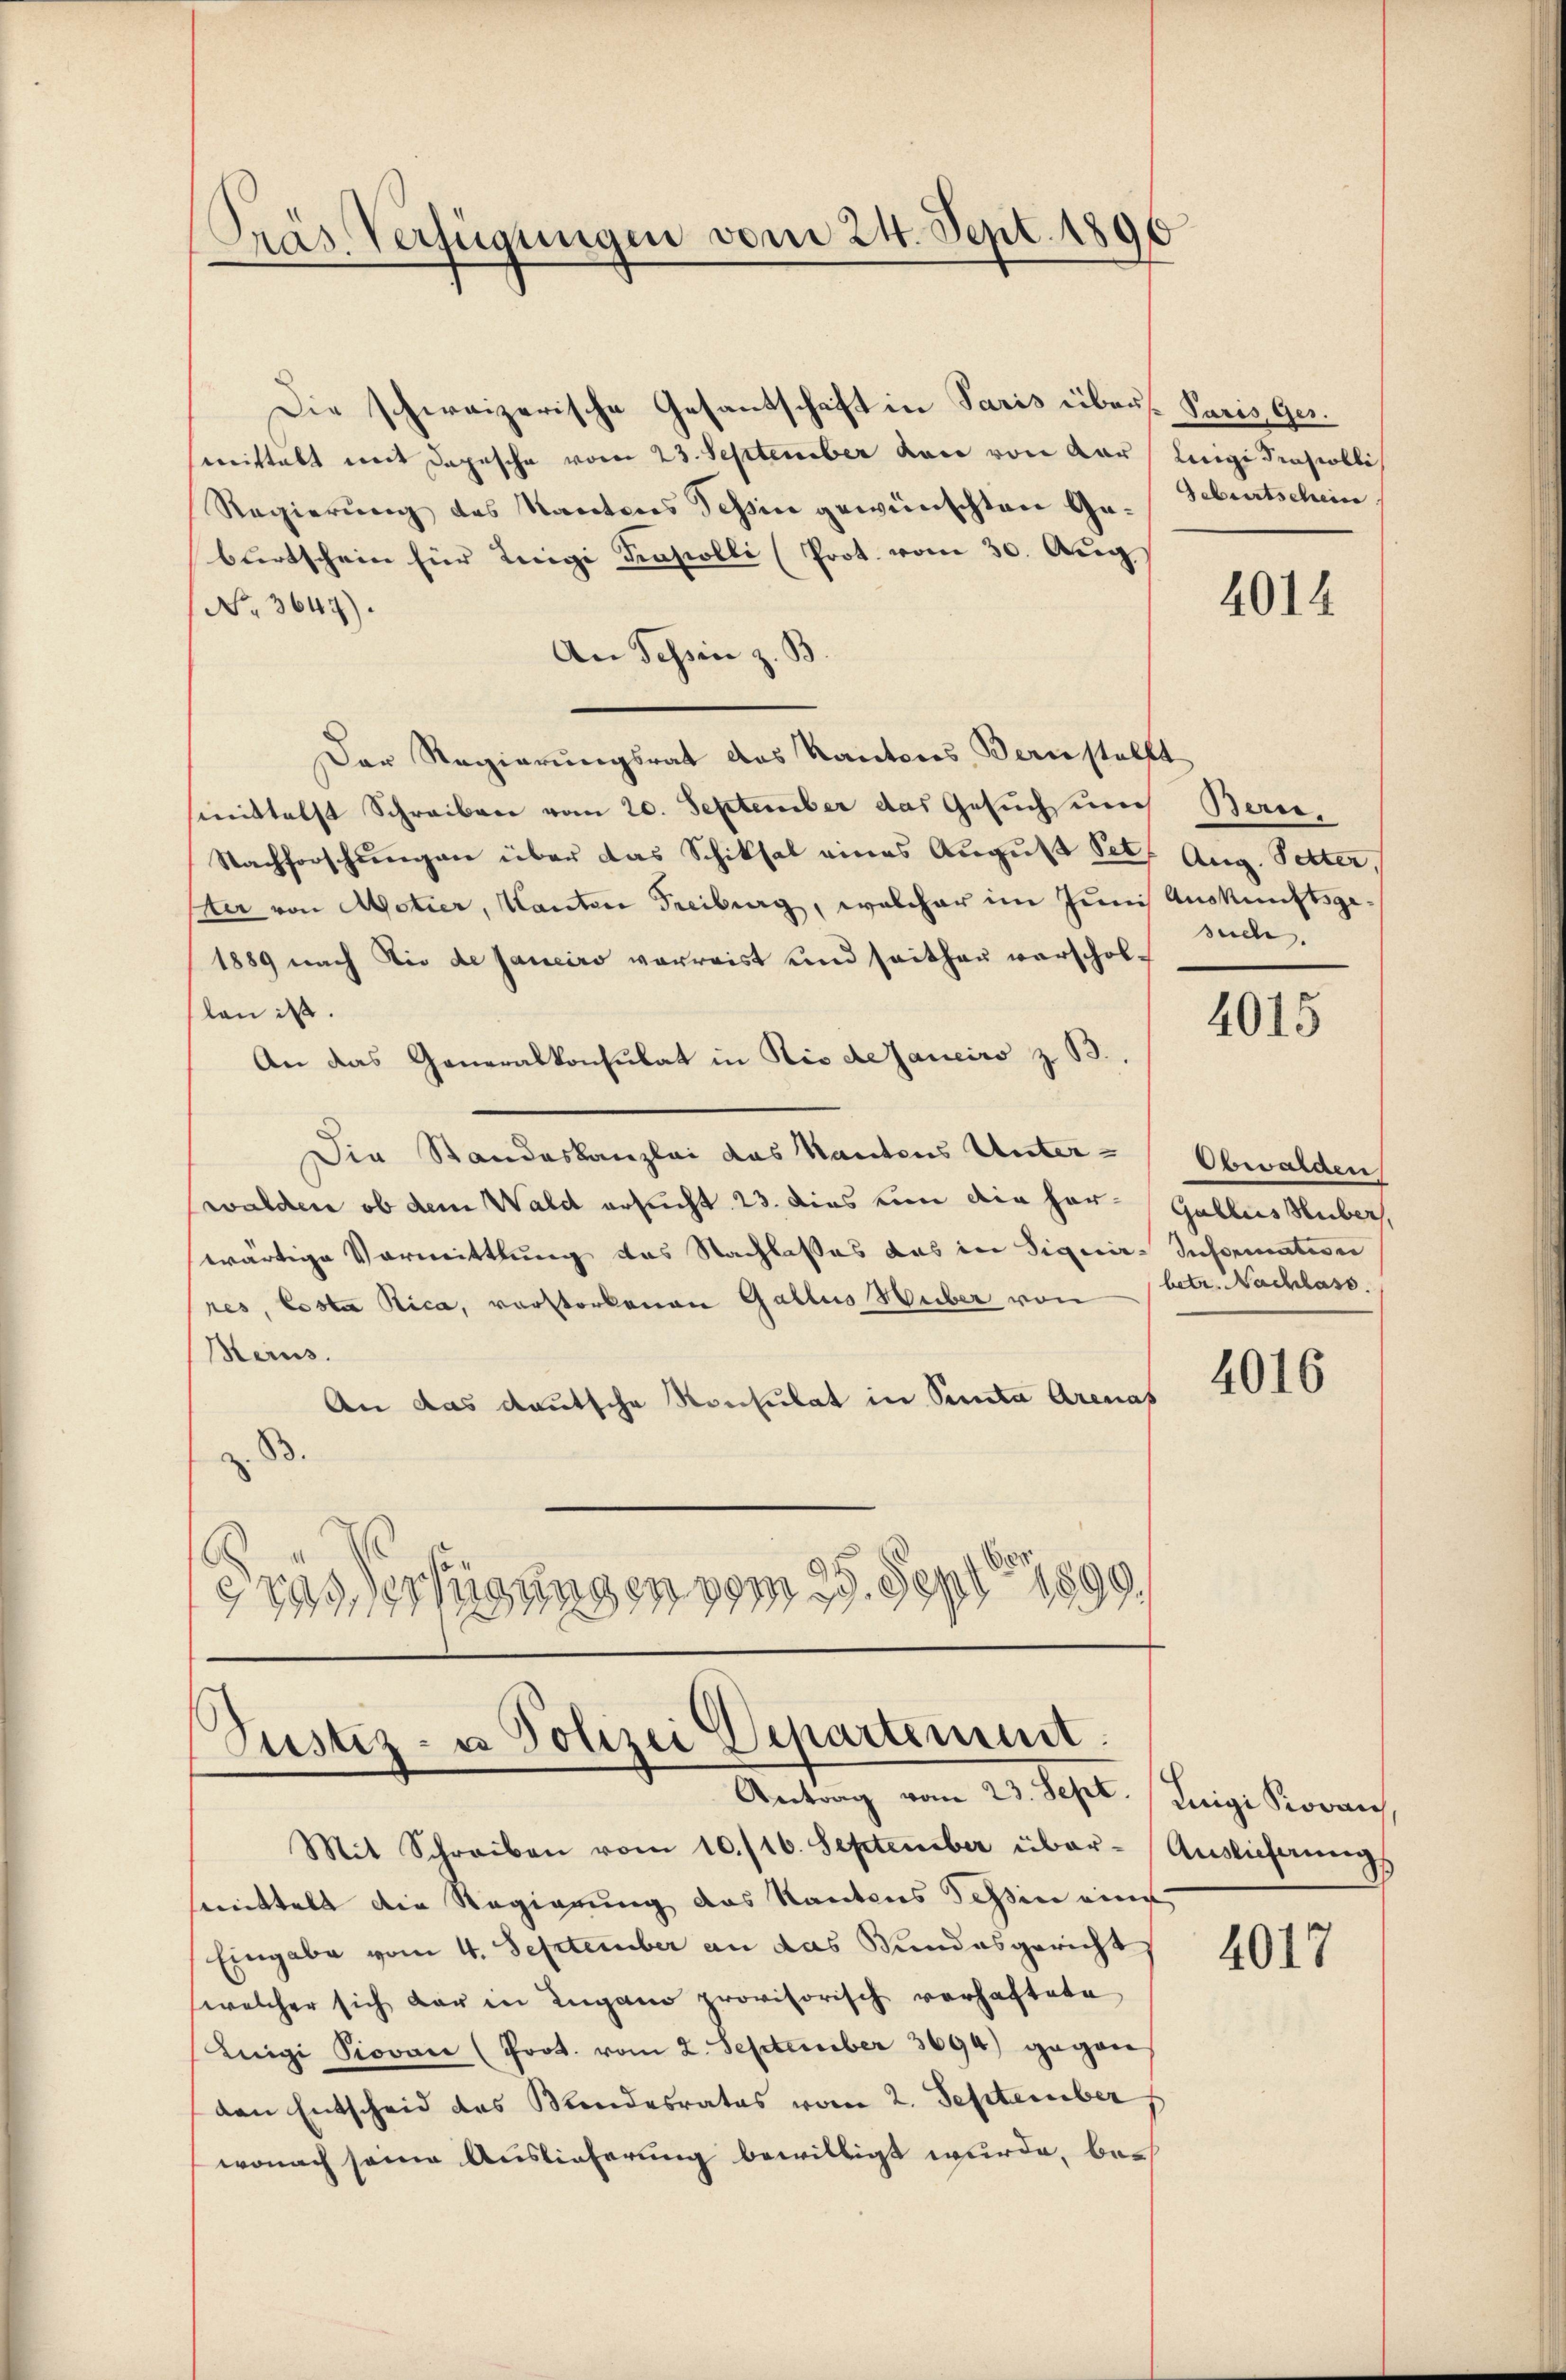
Die schweizerische Gesantschaft in Paris über Paris, Ges.
serittelt mit Depesche vom 23. September den von der Luigi Trasobli
Regierung des Kantons Tessin gewünschten Ge- Geburtschein
burtschein für Luigi Trapolli (Prot. vom 30. Aug
No. 3647).
An Tessin z. B
Der Regierungsrat das Kantons Bern stellt
imittelst Schreiben vom 20. September das Gesuch und Bern,
Nachforschungen über das Schiksal eines August Set. Aug. Petter
tr von Motier, Kanton Freiburg, welcher im Junis Auskunftsge¬
1889 nach die de Janeiro verreist und seithau verschollan ist.
An das Generalkonsulat in Rio de Janeiro z. B.
Die Standeskanzlei das Kantons Unter-Obwalden,
walden ob dem Wald ersucht 23. dies zum die her- Gallis Huber,
wärtige Vormittlung des Nachlasses das in Siguir-Information
res, Costa Rica, verstorbenen Gallus Huber von
Meins.
An das deutsche Konsulat in Peta Arenas
B
.
19 erfügungen vom 29. Sept 1890

Pras Verfügungen vom 24. Sept. 1890

Justiz- u Polizei Departement.
Antrag vom 23. Sept. Luigi Kovan

Mit Schreiben vom 10./16. September über-Auslieferung
smittelt die Regierung das Kantons Tessin eine
Eingabe vom 4. September an das Bundesgericht,
welcher sich dar in Lugano provisorisch verhaftete
Luigi Piovan (Prot. vom 2. September 3694) gegen
den Entscheid des Mendesrates vom 2. September
wonach seine Auslieferung bewilligt wurde, bei

4014

such

4015

betr. Nachlass.

4016

4017